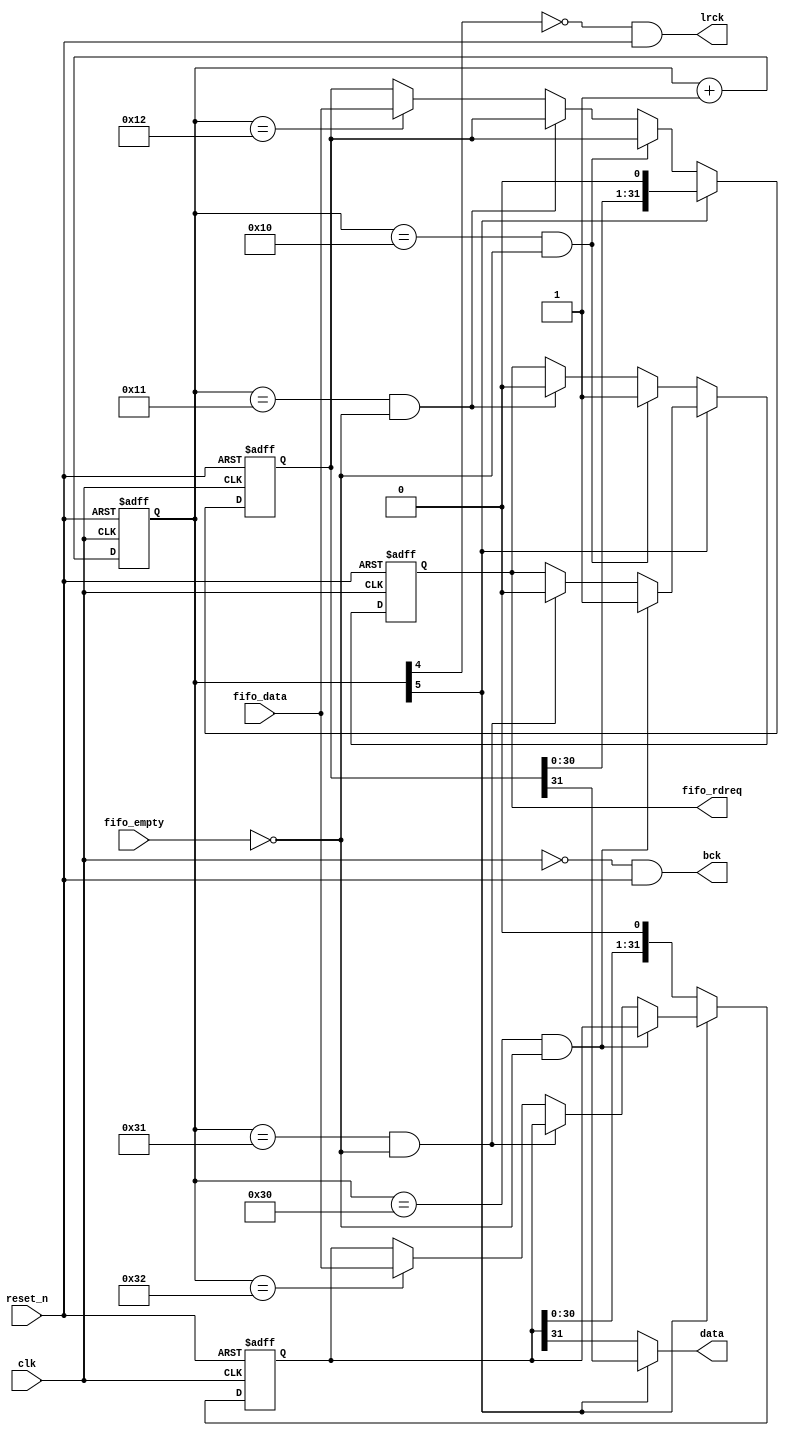
module lj24tx(
  input   wire  clk,
  input   wire  reset_n, 
  output  reg   fifo_rdreq, 
  input   wire  fifo_empty,
  input   wire  [31:0]  fifo_data,
  output  wire  lrck,
  output  wire  bck,
  output  wire  data);

  reg   [5:0]   tx_cnt;
  reg   [31:0]  audio_buf_a, audio_buf_b;

  assign  bck = ~clk & reset_n;
  assign  lrck = ~tx_cnt[4] & reset_n;
  assign  data = (tx_cnt[5] == 0)? audio_buf_a[31] : audio_buf_b[31];  
  always @(posedge clk, negedge reset_n)
  begin
    if(!reset_n)
    begin
      audio_buf_a <= 0;
      audio_buf_b <= 0;
      tx_cnt <= 0;
      fifo_rdreq <= 0;
    end
    else if(tx_cnt[5] == 0)
    begin
      audio_buf_a <= {audio_buf_a[30:0], 1'b0};
      tx_cnt <= tx_cnt + 1;
      if(tx_cnt == 6'b010000 && fifo_empty == 0) fifo_rdreq <= 1;
      else if(tx_cnt == 6'b010001 && fifo_empty == 0) fifo_rdreq <= 0;
      else if(tx_cnt == 6'b010010) audio_buf_b <= fifo_data;
      else audio_buf_b <= audio_buf_b;
    end
    else if(tx_cnt[5] == 1)
    begin
      audio_buf_b <= {audio_buf_b[30:0], 1'b0};
      tx_cnt <= tx_cnt + 1;
      if(tx_cnt == 6'b110000 && fifo_empty == 0) fifo_rdreq <= 1;
      else if(tx_cnt == 6'b110001 && fifo_empty == 0) fifo_rdreq <= 0;
      else if(tx_cnt == 6'b110010) audio_buf_a <= fifo_data;
      else audio_buf_a <= audio_buf_a;
    end
    else
    begin
      tx_cnt <= tx_cnt + 1;
    end
  end
endmodule